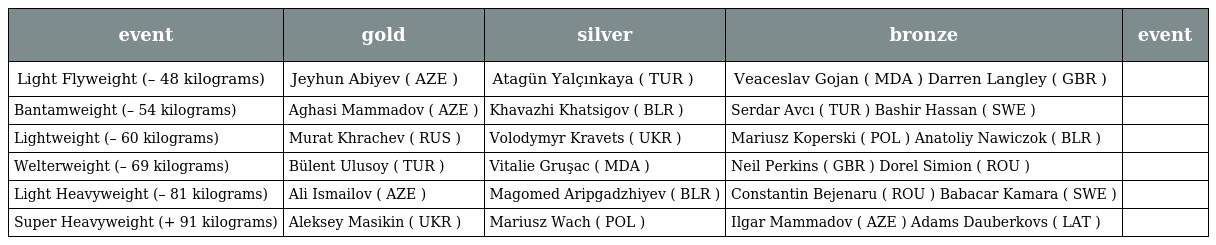
| event | gold | silver | bronze | event |
 | --- | --- | --- | --- | --- |
 | Light Flyweight (– 48 kilograms) | Jeyhun Abiyev ( AZE ) | Atagün Yalçınkaya ( TUR ) | Veaceslav Gojan ( MDA ) Darren Langley ( GBR ) |  |
 | Bantamweight (– 54 kilograms) | Aghasi Mammadov ( AZE ) | Khavazhi Khatsigov ( BLR ) | Serdar Avcı ( TUR ) Bashir Hassan ( SWE ) |  |
 | Lightweight (– 60 kilograms) | Murat Khrachev ( RUS ) | Volodymyr Kravets ( UKR ) | Mariusz Koperski ( POL ) Anatoliy Nawiczok ( BLR ) |  |
 | Welterweight (– 69 kilograms) | Bülent Ulusoy ( TUR ) | Vitalie Gruşac ( MDA ) | Neil Perkins ( GBR ) Dorel Simion ( ROU ) |  |
 | Light Heavyweight (– 81 kilograms) | Ali Ismailov ( AZE ) | Magomed Aripgadzhiyev ( BLR ) | Constantin Bejenaru ( ROU ) Babacar Kamara ( SWE ) |  |
 | Super Heavyweight (+ 91 kilograms) | Aleksey Masikin ( UKR ) | Mariusz Wach ( POL ) | Ilgar Mammadov ( AZE ) Adams Dauberkovs ( LAT ) |  |